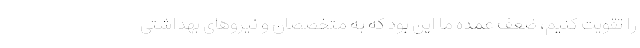
را تقویت کنیم، ضعف عمده ما این بود که به متخصصان و نیروهای بهداشتی